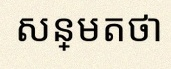
សន្មតថា x ជាចំនួនពិត